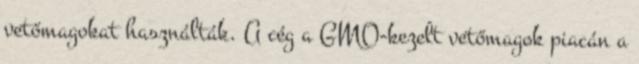
vetőmagokat használták. A cég a GMO-kezelt vetőmagok piacán a